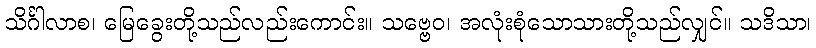
သိင်္ဂါလာစ၊ မြေခွေးတို့သည်လည်းကောင်း။ သဗ္ဗေဝ၊ အလုံးစုံသောသားတို့သည်လျှင်။ သဒိသာ၊